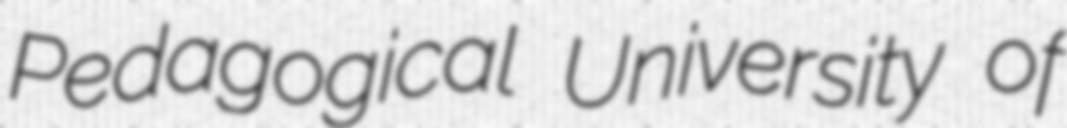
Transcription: Pedagogical University of